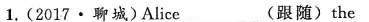
1.(2017·聊城)Alice___(跟随)the